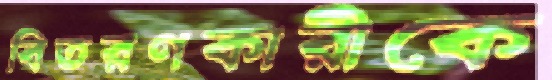
বিতরণকারীকে